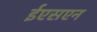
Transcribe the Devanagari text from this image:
ईएसएन